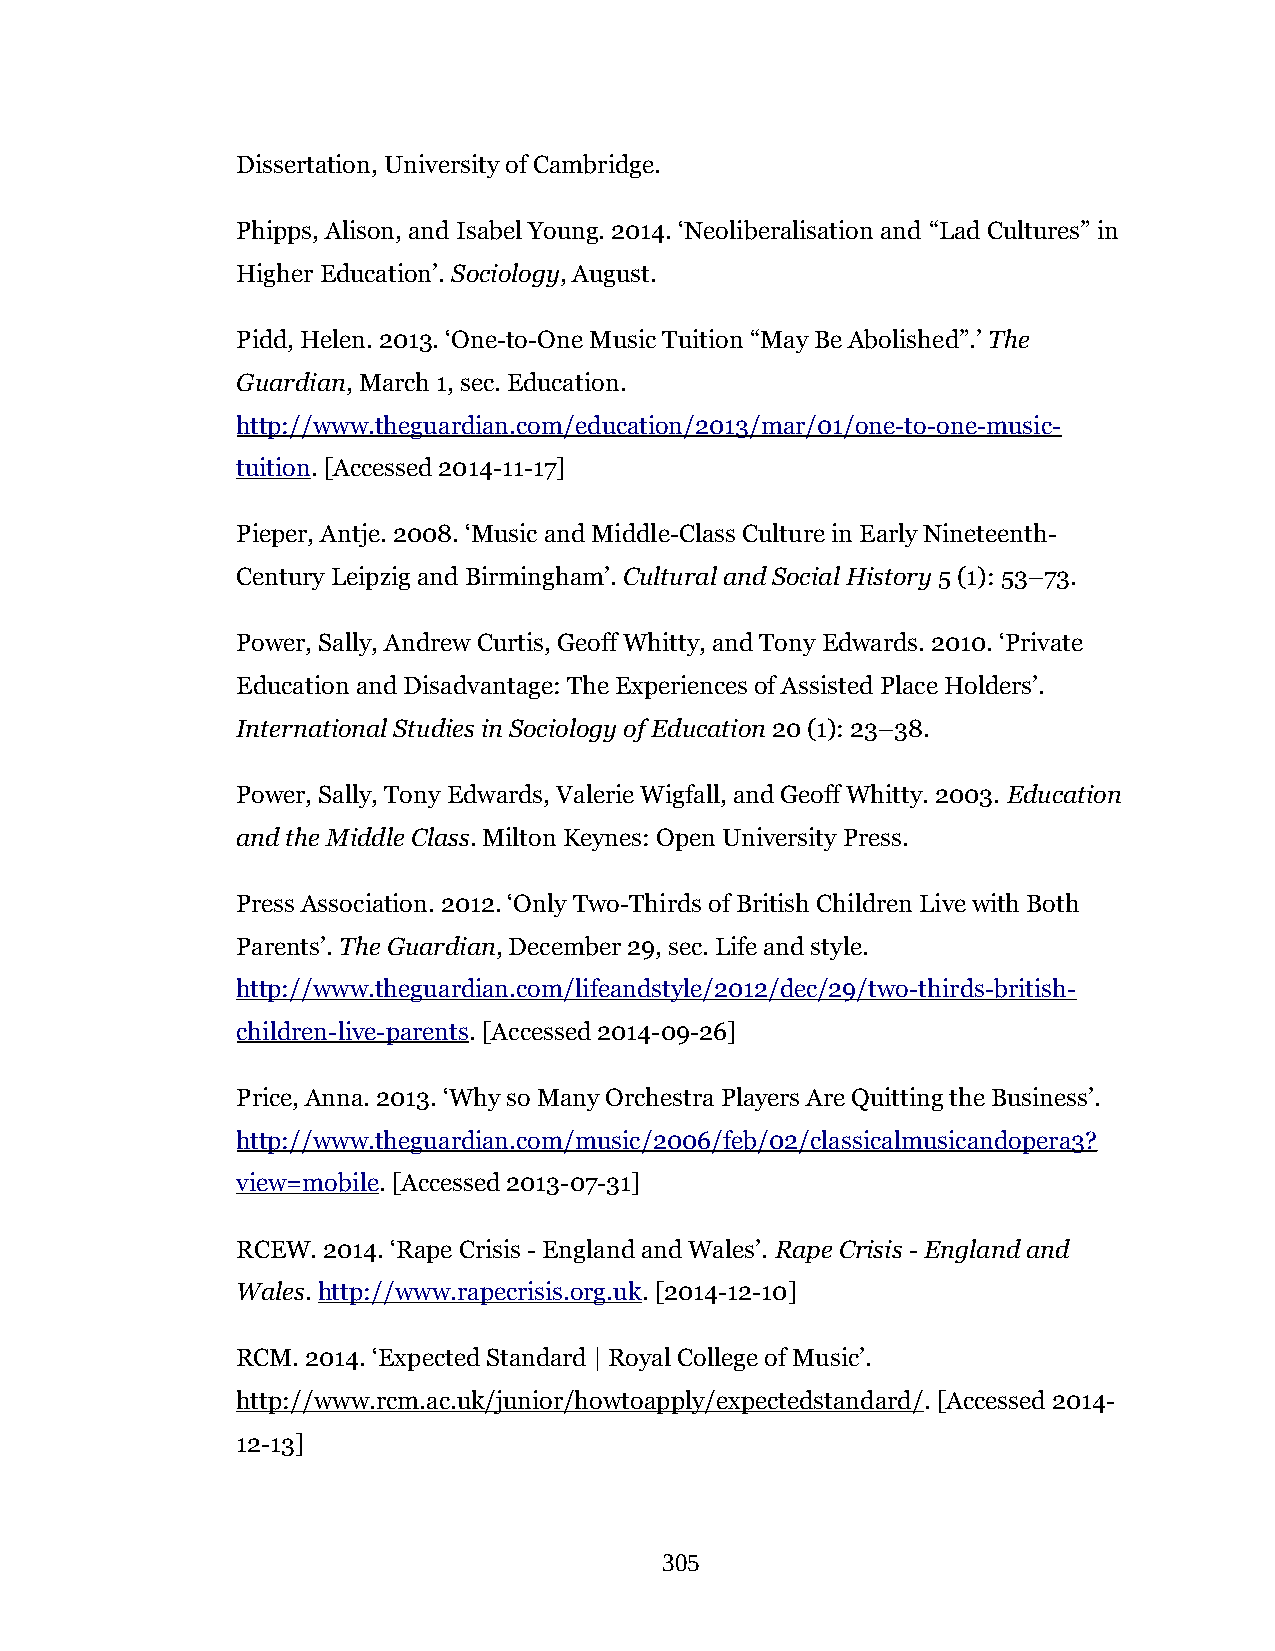
Dissertation, University of Cambridge.
 Phipps, Alison, and Isabel Young. 2014. ‘Neoliberalisation and “Lad Cultures” in
 Higher Education’. Sociology, August.
 Pidd, Helen. 2013. ‘One-to-One Music Tuition “May Be Abolished”.’ The
 Guardian, March 1, sec. Education.
 http://www.theguardian.com/education/2013/mar/01/one-to-one-music-
 tuition. [Accessed 2014-11-17]
 Pieper, Antje. 2008. ‘Music and Middle-Class Culture in Early Nineteenth-
 Century Leipzig and Birmingham’. Cultural and Social History 5 (1): 53–73.
 Power, Sally, Andrew Curtis, Geoff Whitty, and Tony Edwards. 2010. ‘Private
 Education and Disadvantage: The Experiences of Assisted Place Holders’.
 International Studies in Sociology of Education 20 (1): 23–38.
 Power, Sally, Tony Edwards, Valerie Wigfall, and Geoff Whitty. 2003. Education
 and the Middle Class. Milton Keynes: Open University Press.
 Press Association. 2012. ‘Only Two-Thirds of British Children Live with Both
 Parents’. The Guardian, December 29, sec. Life and style.
 http://www.theguardian.com/lifeandstyle/2012/dec/29/two-thirds-british-
 children-live-parents. [Accessed 2014-09-26]
 Price, Anna. 2013. ‘Why so Many Orchestra Players Are Quitting the Business’.
 http://www.theguardian.com/music/2006/feb/02/classicalmusicandopera3?
 view=mobile. [Accessed 2013-07-31]
 RCEW. 2014. ‘Rape Crisis - England and Wales’. Rape Crisis - England and
 Wales. http://www.rapecrisis.org.uk. [2014-12-10]
 RCM. 2014. ‘Expected Standard | Royal College of Music’.
 http://www.rcm.ac.uk/junior/howtoapply/expectedstandard/. [Accessed 2014-
 12-13]
 305